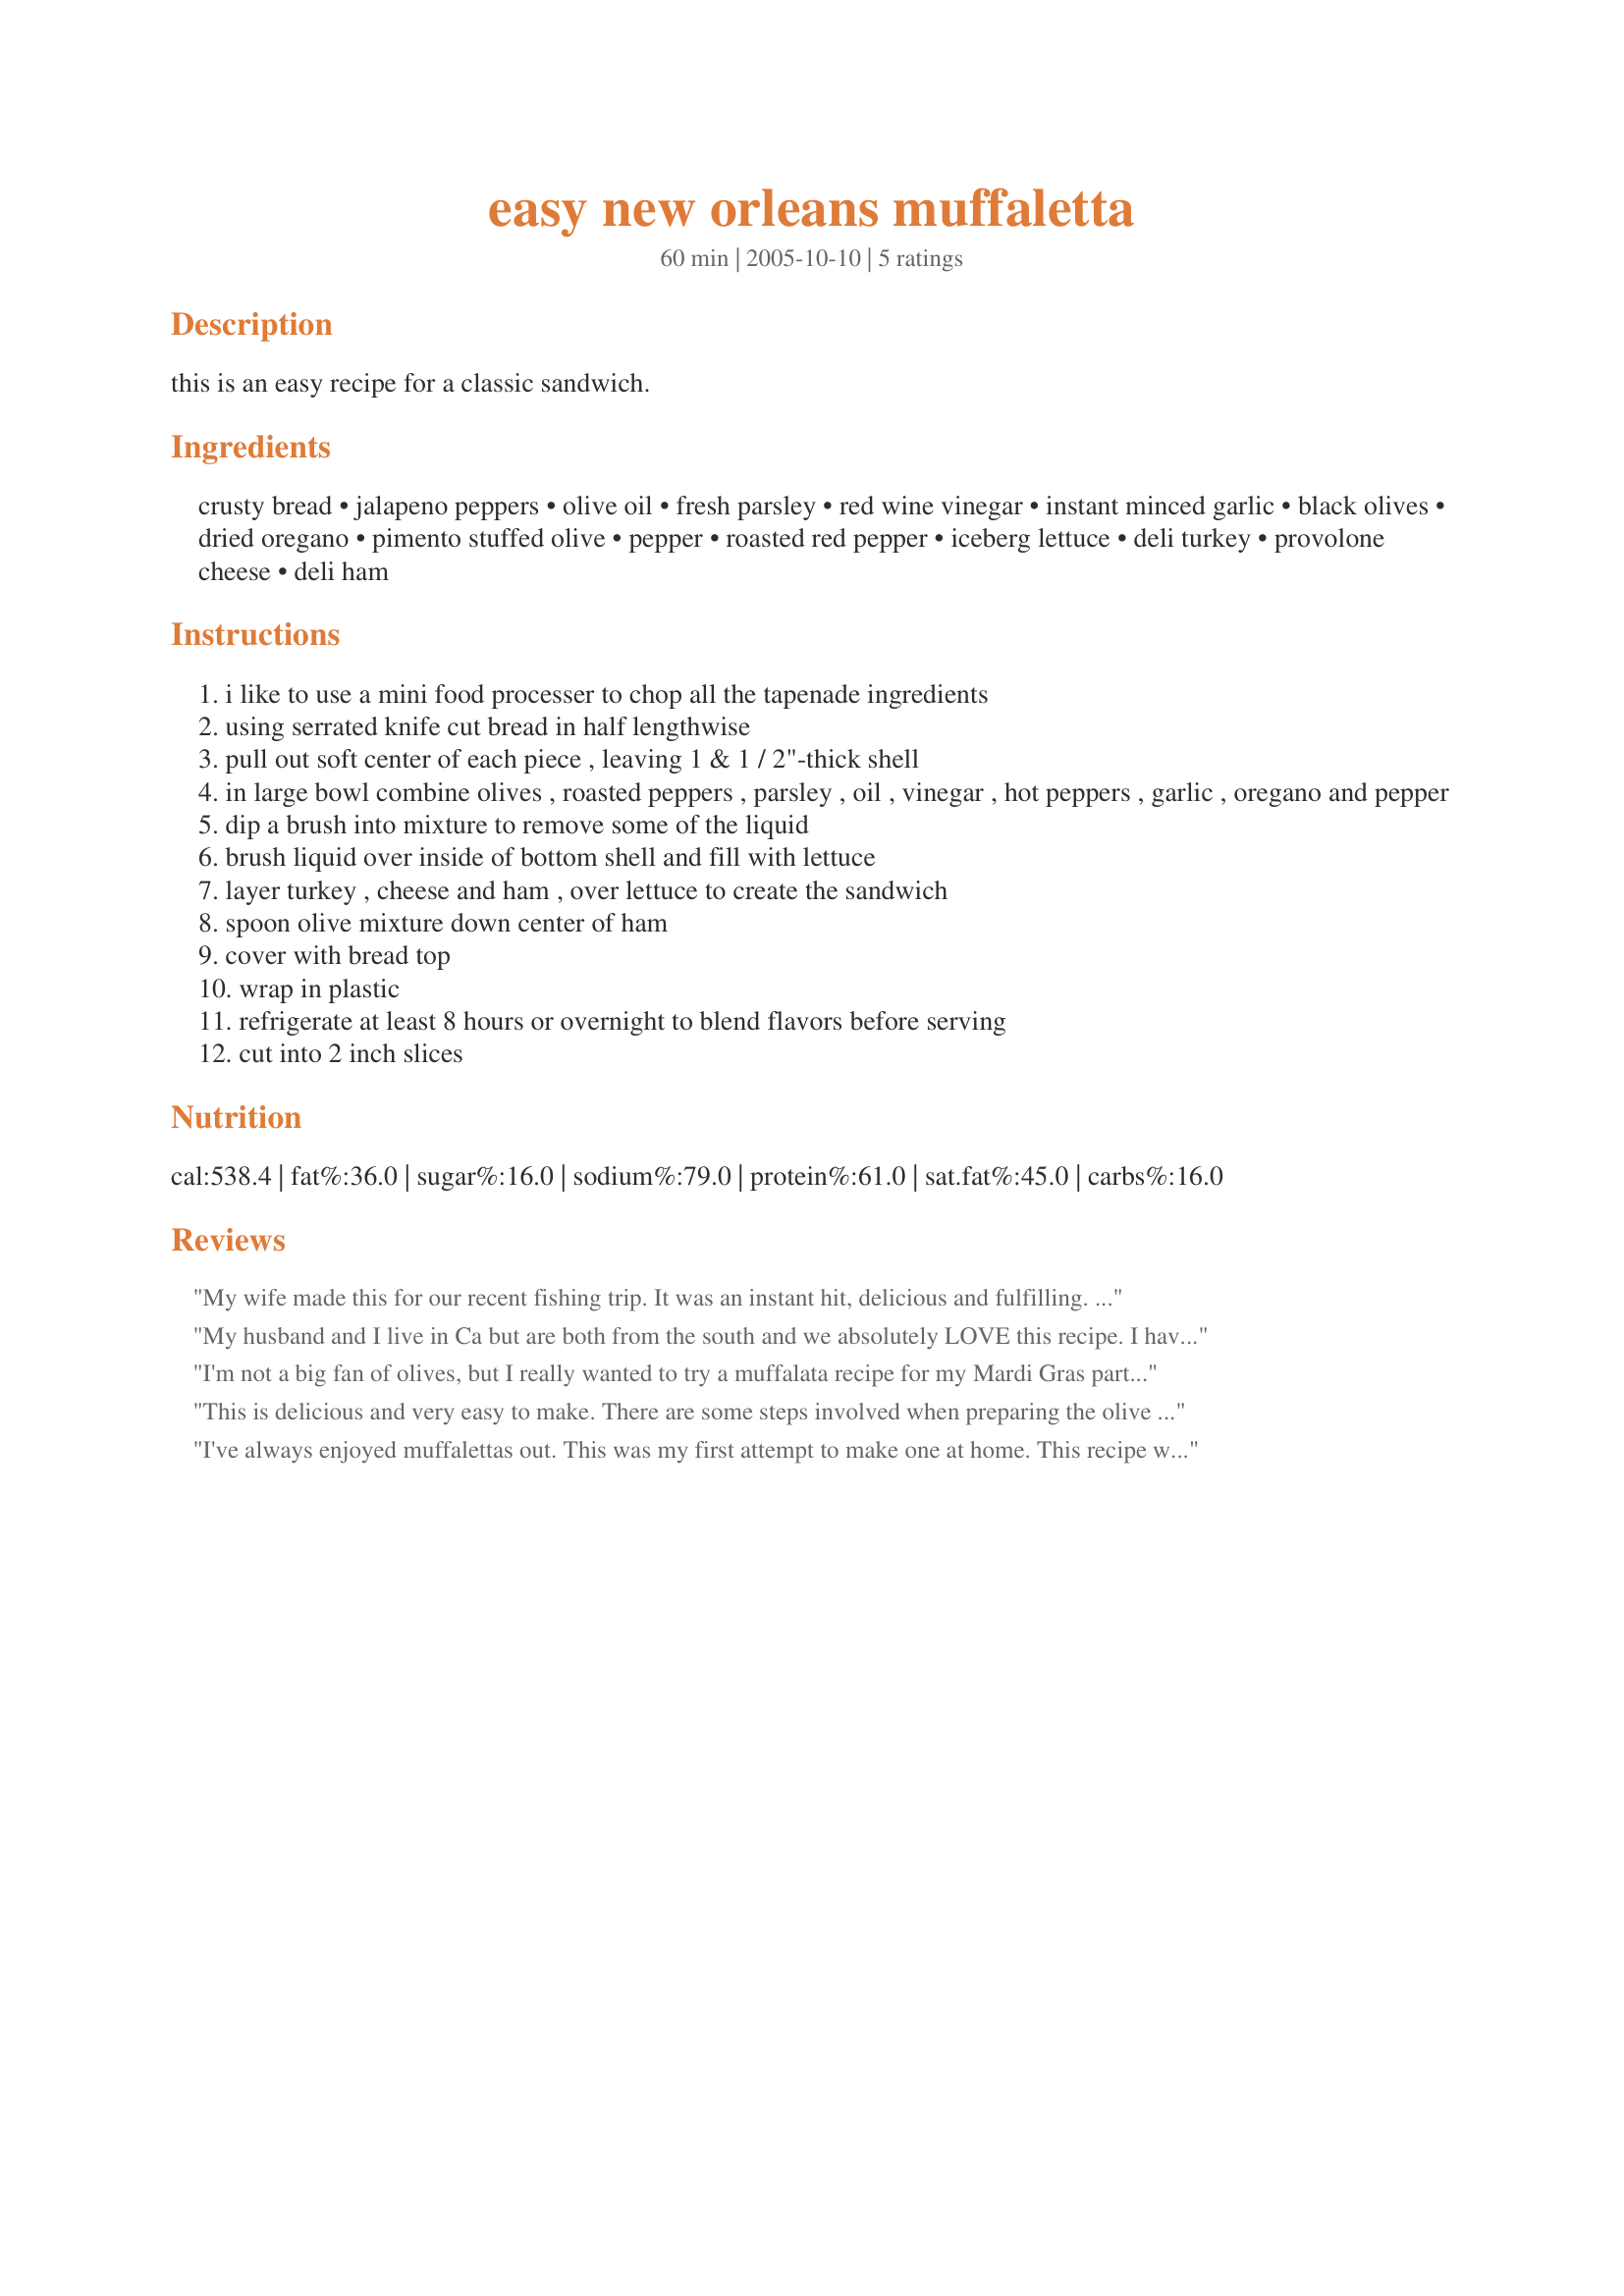
easy new orleans muffaletta
Preparation time: 60 minutes

this is an easy recipe for a classic sandwich.

Ingredients:
crusty bread, jalapeno peppers, olive oil, fresh parsley, red wine vinegar, instant minced garlic, black olives, dried oregano, pimento stuffed olive, pepper, roasted red pepper, iceberg lettuce, deli turkey, provolone cheese, deli ham

Steps:
i like to use a mini food processer to chop all the tapenade ingredients
using serrated knife cut bread in half lengthwise
pull out soft center of each piece , leaving 1 & 1 / 2"-thick shell
in large bowl combine olives , roasted peppers , parsley , oil , vinegar , hot peppers , garlic , oregano and pepper
dip a brush into mixture to remove some of the liquid
brush liquid over inside of bottom shell and fill with lettuce
layer turkey , cheese and ham , over lettuce to create the sandwich
spoon olive mixture down center of ham
cover with bread top
wrap in plastic
refrigerate at least 8 hours or overnight to blend flavors before serving
cut into 2 inch slices

Reviews:
My wife made this for our recent fishing trip. It was an instant hit, delicious and fulfilling. I plan on making this for the next superbowl party. It is sure to be a touchdown with the crowd!
My husband and I live in Ca but are both from the south and we absolutely LOVE this recipe. I have probably made it 6 times in the last several months. It has a lot of flavor--but it is a must to let flavors soak overnight. You won't find a better recipe than this one!
I'm not a big fan of olives, but I really wanted to try a muffalata recipe for my Mardi Gras party. This one looked the best to em, and it turned out just delicious! I recommend using the recipe for the olive relish since it made a convert out of me. Wonderful warmed in the oven, and the smell was irresistable.
This is delicious and very easy to make. There are some steps involved when preparing the olive mixture but I have found that when I make this mixture to double it and it lasts in the fridge. That way we can get 2 or 3 sandwiches out of a batch since we enjoy this sandwich quite often. It is a staple on Superbowl Sunday!
I've always enjoyed muffalettas out. This was my first attempt to make one at home. This recipe was used as a base. To make it even easier if you can find Olive Salad (I use Boscolli) usually with the pickled stuff then all you have to do is add the garlic, peppers and herbs. I like mine warm so wrap it in foil and bake at 350f for 30 minutes. The crust will crisp during this. Also I used Genoa salami and Cajun turkey for the meat. If you heat it leave off the lettuce.
